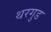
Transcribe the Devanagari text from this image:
थरगुड